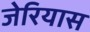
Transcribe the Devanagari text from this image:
जेरियास